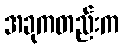
အခုကတည်းက